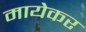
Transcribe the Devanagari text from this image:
मायेकर